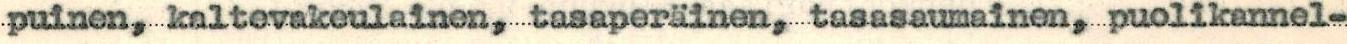
puinen, kaltevakeulainen, tasaperäinen, tasasaumainen, piuolikannel-